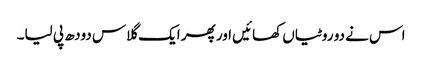
اس نے دو روٹیاں کھائیں اور پھر ایک گلاس دودھ پی لیا۔